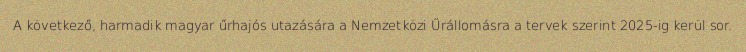
A következő, harmadik magyar űrhajós utazására a Nemzetközi Űrállomásra a tervek szerint 2025-ig kerül sor.